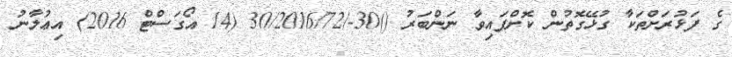
ގެ ފަޅުރަށްތަކާ ގުޅޭގޮތުން ކޮށްފައިވާ ނަންބަރު ()30-/30/2016/72 (14 އޯގަސްޓް 2016) އިޢުލާނު